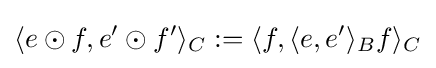
\langle e\odot f,e'\odot f'\rangle _{C}:=\langle f,\langle e,e'\rangle _{B}f\rangle _{C}